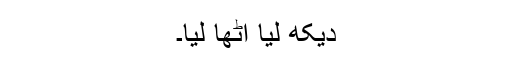
دیکھ لیا اٹھا لیا۔